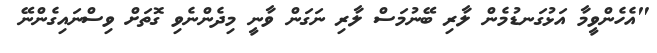
"އެހެންވީމާ އަޅުގަނޑުމެން ލާރި ބޭނުމަސް ލާރި ނަގަން ވާނީ މިދެންނެވި ގޮތަށް ވިސްނައިގެންނޭ